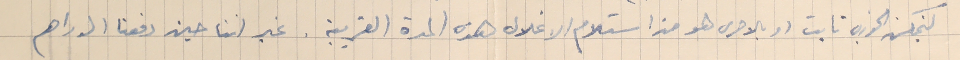
ليتمكن الخوري تابت او بالاحرى هو من استلام الاغلال هذه المدة القريبة. غير اننا حين دفعنا الدراهم